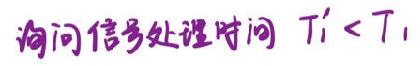
询问信号处理时间 \( T_{1}' < T_{1} \)